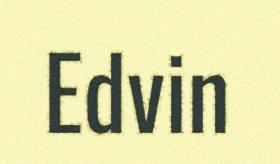
Edvin